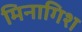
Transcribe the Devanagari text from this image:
मिनागिश